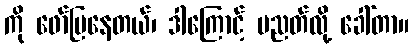
ကို ဖော်ပြနေတယ်၊ ဒါကြောင့် ပညတ်လို့ ခေါ်တာ။